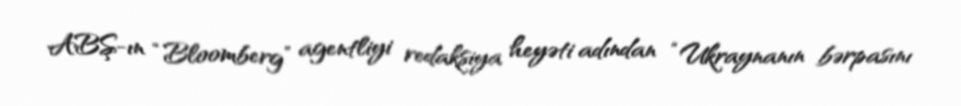
ABŞ-ın “Bloomberg” agentliyi redaksiya heyəti adından “Ukraynanın bərpasını